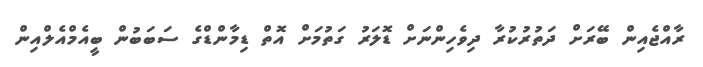
ރާއްޖެއިން ބޭރަށް ދަތުރުކުރާ ދިވެހިންނަށް ޑޮލަރު ގަތުމަށް އޮތް ޑިމާންޑްގެ ސަބަބުން ބީއެމްއެލްއިން